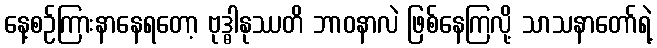
နေ့စဉ်ကြားနာနေရတော့ ဗုဒ္ဓါနုဿတိ ဘာဝနာလဲ ဖြစ်နေကြလို့ သာသနာတော်ရဲ့